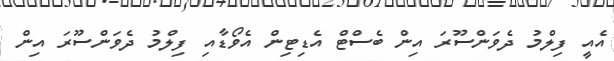
އެއީ ފިލްމު ދެވަންސޫރަ އިން ބެސްޓް އެޑިޓިން އެވޯޑާއި ފިލްމު ދެވަންސޫރަ އިން